Lunatic asylums Punjab 1881-1894 - 1881-1894
Year: 1881
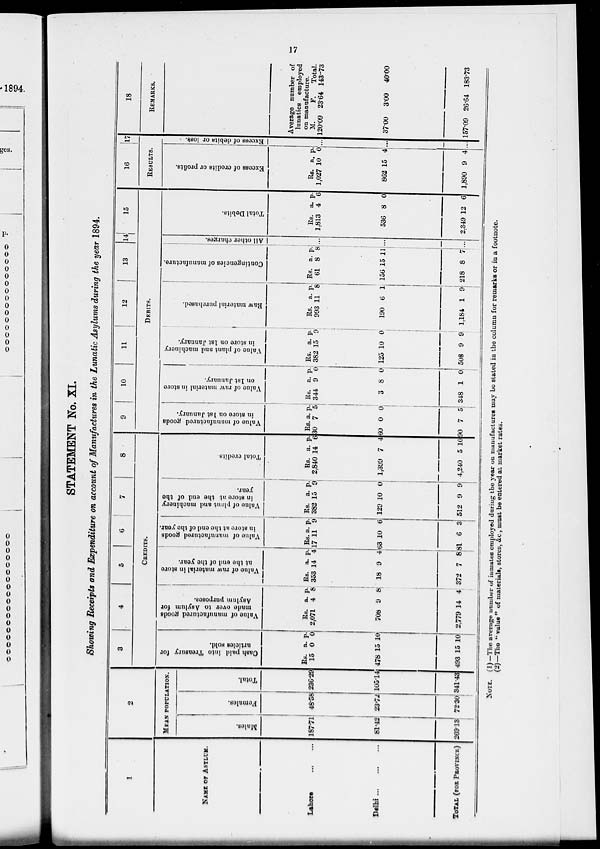
17
STATEMENT No. XI.
Showing Receipts and Expenditure on account of Manufactures in the Lunatic Asylums during the year 1894.
1
NAME OF ASYLUM
Lahore ... ...
Delhi
...
...
...
TOTAL (FOR PROVINCE)
2
MEAN POPULATION.
Males.
Rs.
187.71
81.12
269.13
Females.
a. 48.58
23.72
72.30
Total.
p. 236.29
105.14
341.43
3
4
5 6 7
8
CREDITS.
Cash paid into Treasury for
articles sold.
Rs.
15
478
493
a. 0
15
15
p. 0
10
10
Value of manufactured goods
made
over to Asylum for
Asylum purposes.
Rs.
2,071
708
2,779
a. 4
9
14
p. 8
8
4
V
alue of raw material in store
at the end of the year.
Rs.
353
18
372
a. 14
9
7
p. 4
4
8
Value of manufactured goods
in store at the end of the year.
Rs.
17
63
81
a. 11
10
6
p. 9
6
3
Value of plant and machinery
in store at the end of the
year.
Rs.
382
120
512
a. 15
10
9
p. 9
0
9
Total credits.
Rs. 2,840
1,399
4,240
a. 14
7
5
p. 6
4
10
9
10
11
12
13
14 15
DEBITS.
Value of manufactured goods
in store on 1st January.
Rs. 30
60
90
a. 7
0
7
p.
5
0
5
Value of raw material in store
on
1st
January.
Rs. 344
3
348
a. 9
8
1
p. 0
0
0
Value of plant and machinery
in store on 1st January.
Rs. 382
125
508
a. 15
10
9
p.
9
0
9
Raw material purchased.
Rs. 993
190
1,184
a. 11
6
1
p.
8
1
9
Contingencies of manufacture.
Rs. 61
156
218
a. 8
15
8
p.
8
11
7
All other charges.
...
...
...
Total Debits.
Rs. 1,813
536
2,349
a. 4
8
12
p.
6
0
6
16
17
RESULTS.
Excess of credits or profits.
Rs. 1,027
862
1,890
a. 10
15
9
p.
0
4
4
Excess of debits or loss.
...
...
...
18
REMARKS.
Average number of
lunatics employed
on manufacture.
M. 120.09
37.00
157.09
F.
23.64
3.00
26.64
Total. 143.73
40.00
183.73
NOTE. (1) —The average number of inmates employed during the year on manufactures may be stated in the column for remarks or in a footnote.
(2)—The "value " of materials, stores, &c., must be entered at market rates.